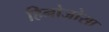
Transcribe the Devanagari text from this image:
हिनोजोसा